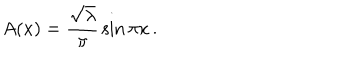
A ( x ) = { \frac { \sqrt \lambda } { \pi } } \sin \pi x \, .